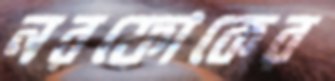
নরফোকের